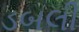
ડબલી